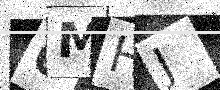
Text: 6MHJ